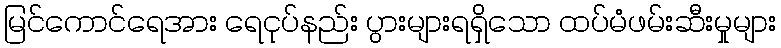
မြင်ကောင်ရေအား ရေငုပ်နည်း ပွားများရရှိသော ထပ်မံဖမ်းဆီးမှုများ